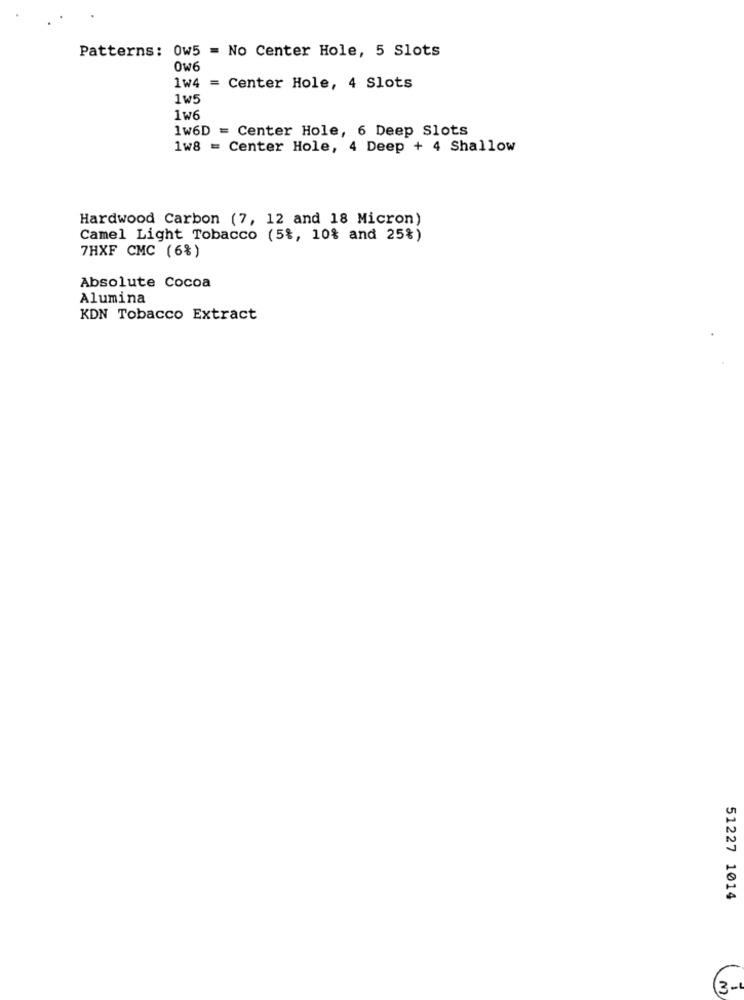
Patterns: 0w5 = No Center Hole, 5 Slots
0w6
1W4 = Center Hole, 4 Slots
1w5
1w6
1W6D = Center Hole, 6 Deep Slots
1w8 = Center Hole, 4 Deep + 4 Shallow
Hardwood Carbon (7, 12 and 18 Micron)
Camel Light Tobacco (5%, 10% and 25%)
7HXF CMC (6%)
Absolute Cocoa
Alumina
KDN Tobacco Extract
51227 1014